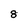
Character: 8